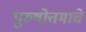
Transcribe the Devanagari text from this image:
पुरुषोत्तमाचे